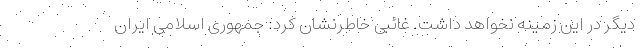
دیگر در این زمینه نخواهد داشت. غائبی خاطرنشان کرد: جمهوری اسلامی ایران